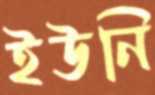
ইউনি